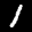
Label: 1